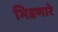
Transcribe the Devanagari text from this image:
भिडणारे